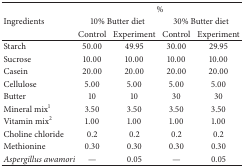
<table><thead><tr><td><b> </b></td><td colspan="4"><b>%</b></td></tr><tr><td><b>Ingredients</b></td><td colspan="2"><b> 10% Butter diet</b></td><td colspan="2"><b> 30% Butter diet</b></td></tr><tr><td><b> </b></td><td><b> Control</b></td><td><b> Experiment</b></td><td><b> Control</b></td><td><b> Experiment</b></td></tr></thead><tbody><tr><td>Starch</td><td>50.00</td><td>49.95</td><td>30.00</td><td>29.95</td></tr><tr><td>Sucrose</td><td>10.00</td><td>10.00</td><td>10.00</td><td>10.00</td></tr><tr><td>Casein</td><td>20.00</td><td>20.00</td><td>20.00</td><td>20.00</td></tr><tr><td>Cellulose</td><td>5.00</td><td>5.00</td><td>5.00</td><td>5.00</td></tr><tr><td>Butter</td><td>10</td><td>10</td><td>30</td><td>30</td></tr><tr><td>Mineral mix<sup>1</sup></td><td>3.50</td><td>3.50</td><td>3.50</td><td>3.50</td></tr><tr><td>Vitamin mix<sup>2</sup></td><td>1.00</td><td>1.00</td><td>1.00</td><td>1.00</td></tr><tr><td>Choline chloride</td><td>0.2</td><td>0.2</td><td>0.2</td><td>0.2</td></tr><tr><td>Methionine</td><td>0.30</td><td>0.30</td><td>0.30</td><td>0.30</td></tr><tr><td><i>Aspergillus awamori </i></td><td>—</td><td>0.05</td><td>—</td><td>0.05</td></tr></tbody></table>